画像に写った文字を読んでください
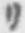
「リ」と書いてあります